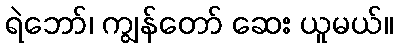
ရဲဘော်၊ ကျွန်တော် ဆေး ယူမယ်။